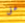
على